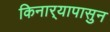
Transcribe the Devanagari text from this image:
किनार्‍यापासुन